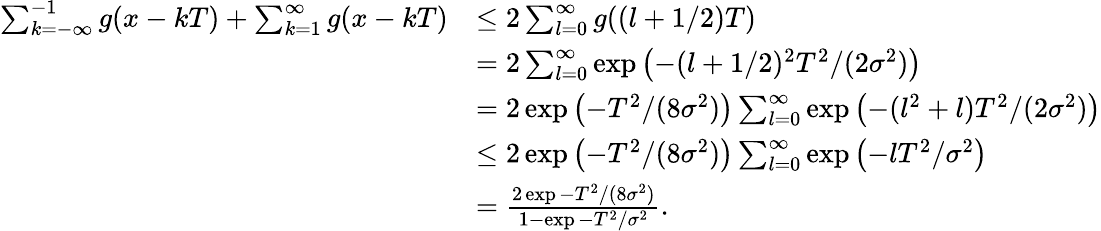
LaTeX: \begin{array}{rl}{\sum_{k=-\infty}^{-1}g(x-kT)+\sum_{k=1}^{\infty}g(x-kT)}&{\le 2\sum_{l=0}^{\infty}g((l+1/2)T)}\\ &{=2\sum_{l=0}^{\infty}\exp\left(-(l+1/2)^{2}T^{2}/(2\sigma^{2})\right)}\\ &{=2\exp\left(-T^{2}/(8\sigma^{2})\right)\sum_{l=0}^{\infty}\exp\left(-(l^{2}+l)T^{2}/(2\sigma^{2})\right)}\\ &{\le 2\exp\left(-T^{2}/(8\sigma^{2})\right)\sum_{l=0}^{\infty}\exp\left(-lT^{2}/\sigma^{2}\right)}\\ &{=\frac{2\exp{-T^{2}/(8\sigma^{2})}}{1-\exp{-T^{2}/\sigma^{2}}}.}\end{array}